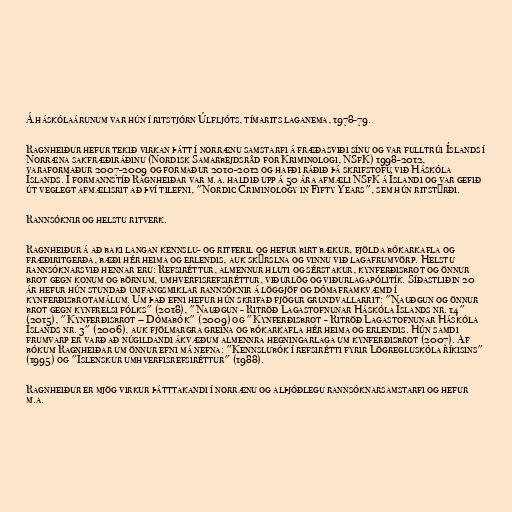
Á háskólaárunum var hún í ritstjórn Úlfljóts, tímarits laganema, 1978-79.

Ragnheiður hefur tekið virkan þátt í norrænu samstarfi á fræðasviði sínu og var fulltrúi Íslands í
Norræna sakfræðiráðinu (Nordisk Samarbejdsråd for Kriminologi, NSfK) 1998-2012,
varaformaður 2007-2009 og formaður 2010-2012 og hafði ráðið þá skrifstofu við Háskóla
Íslands. Í formannstíð Ragnheiðar var m.a. haldið upp á 50 ára afmæli NSfK á Íslandi og var gefið
út veglegt afmælisrit að því tilefni, "Nordic Criminology in Fifty Years", sem hún ritstýrði.

Rannsóknir og helstu ritverk.

Ragnheiður á að baki langan kennslu- og ritferil og hefur birt bækur, fjölda bókarkafla og
fræðiritgerða, bæði hér heima og erlendis, auk skýrslna og vinnu við lagafrumvörp. Helstu
rannsóknarsvið hennar eru: Refsiréttur, almennur hluti og sérstakur, kynferðisbrot og önnur
brot gegn konum og börnum, umhverfisrefsiréttur, viðurlög og viðurlagapólitík. Síðastliðin 20
ár hefur hún stundað umfangsmiklar rannsóknir á löggjöf og dómaframkvæmd í
kynferðisbrotamálum. Um það efni hefur hún skrifað fjögur grundvallarrit: "Nauðgun og önnur
brot gegn kynfrelsi fólks" (2018), "Nauðgun - Ritröð Lagastofnunar Háskóla Íslands nr. 14"
(2015), "Kynferðisbrot – Dómabók" (2009) og "Kynferðisbrot - Ritröð Lagastofnunar Háskóla
Íslands nr. 3" (2006), auk fjölmargra greina og bókarkafla hér heima og erlendis. Hún samdi
frumvarp er varð að núgildandi ákvæðum almennra hegningarlaga um kynferðisbrot (2007). Af
bókum Ragnheiðar um önnur efni má nefna: "Kennslubók í refsirétti fyrir Lögregluskóla ríkisins"
(1995) og "Íslenskur umhverfisrefsiréttur" (1988).

Ragnheiður er mjög virkur þátttakandi í norrænu og alþjóðlegu rannsóknarsamstarfi og hefur
m.a.